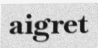
aigret